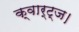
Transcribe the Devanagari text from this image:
क्वार्ट्ज।